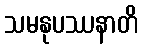
သမနုပဿနာတိ